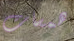
همسات